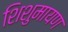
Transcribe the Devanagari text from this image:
शिशुमायण